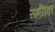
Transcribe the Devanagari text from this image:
सहयिका